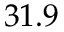
3 1 . 9